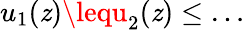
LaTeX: u_{1}(\mathit{z})\lequ_{2}(\mathit{z})\leq\dots